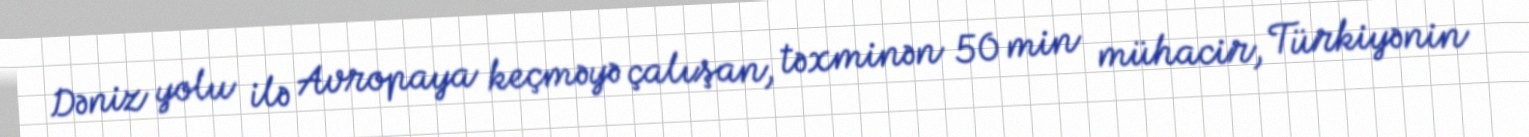
Dəniz yolu ilə Avropaya keçməyə çalışan, təxminən 50 min mühacir, Türkiyənin